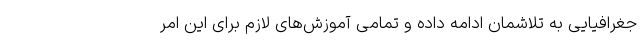
جغرافیایی به تلاشمان ادامه داده و تمامی آموزش‌های لازم برای این امر